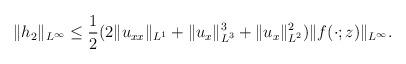
LaTeX: \begin{align*}\begin{aligned}\|h_{2 }\|_{L^\infty} \leq\frac{1}{2}(2\|u_{xx}\|_{L^1}+\|u_x\|^3_{L^3}+\|u_x\|^2_{L^2})\|f(\cdot; z)\|_{L^{\infty}}.\end{aligned}\end{align*}